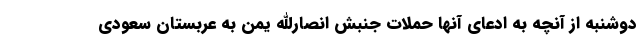
دوشنبه از آنچه به ادعای آنها حملات جنبش انصارالله یمن به عربستان سعودی